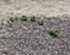
شنغهاي